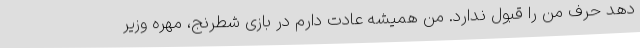
دهد حرف من را قبول ندارد. من همیشه عادت دارم در بازی شطرنج، مهره وزیر